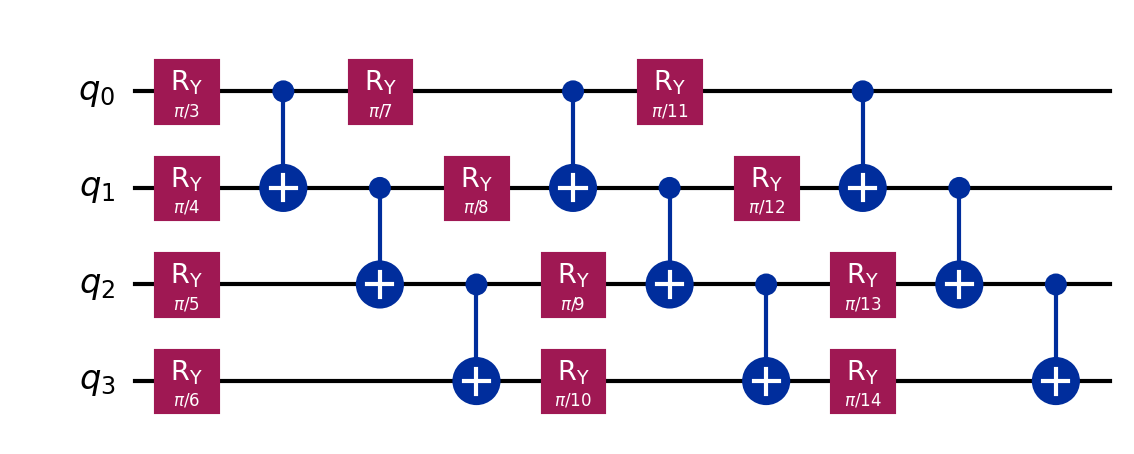
Description: Alternating Ry/CNOT layers (3 repetitions)
描述: 交替Ry/CNOT层（3次重复）
Category: variational (difficulty: intermediate)
Qubits: 4, circuit depth: 10

Braket implementation:
import math
from braket.circuits import Circuit
circuit = Circuit()
for layer in range(3):
    for i in range(4):
        circuit.ry(i, math.pi / (layer * 4 + i + 3))
    for i in range(3):
        circuit.cnot(i, i + 1)